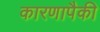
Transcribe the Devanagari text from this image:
कारणापैकी